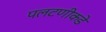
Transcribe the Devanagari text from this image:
पलटणीकडे